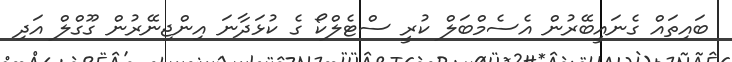
ބައިތައް ގެނައީބޭރުން އެސެމްބަލް ކުރީ ސްޓެލްކޯ ގެ ކުޅަދާނަ އިންޖިނޭރުން ގޫގްލް އަދި